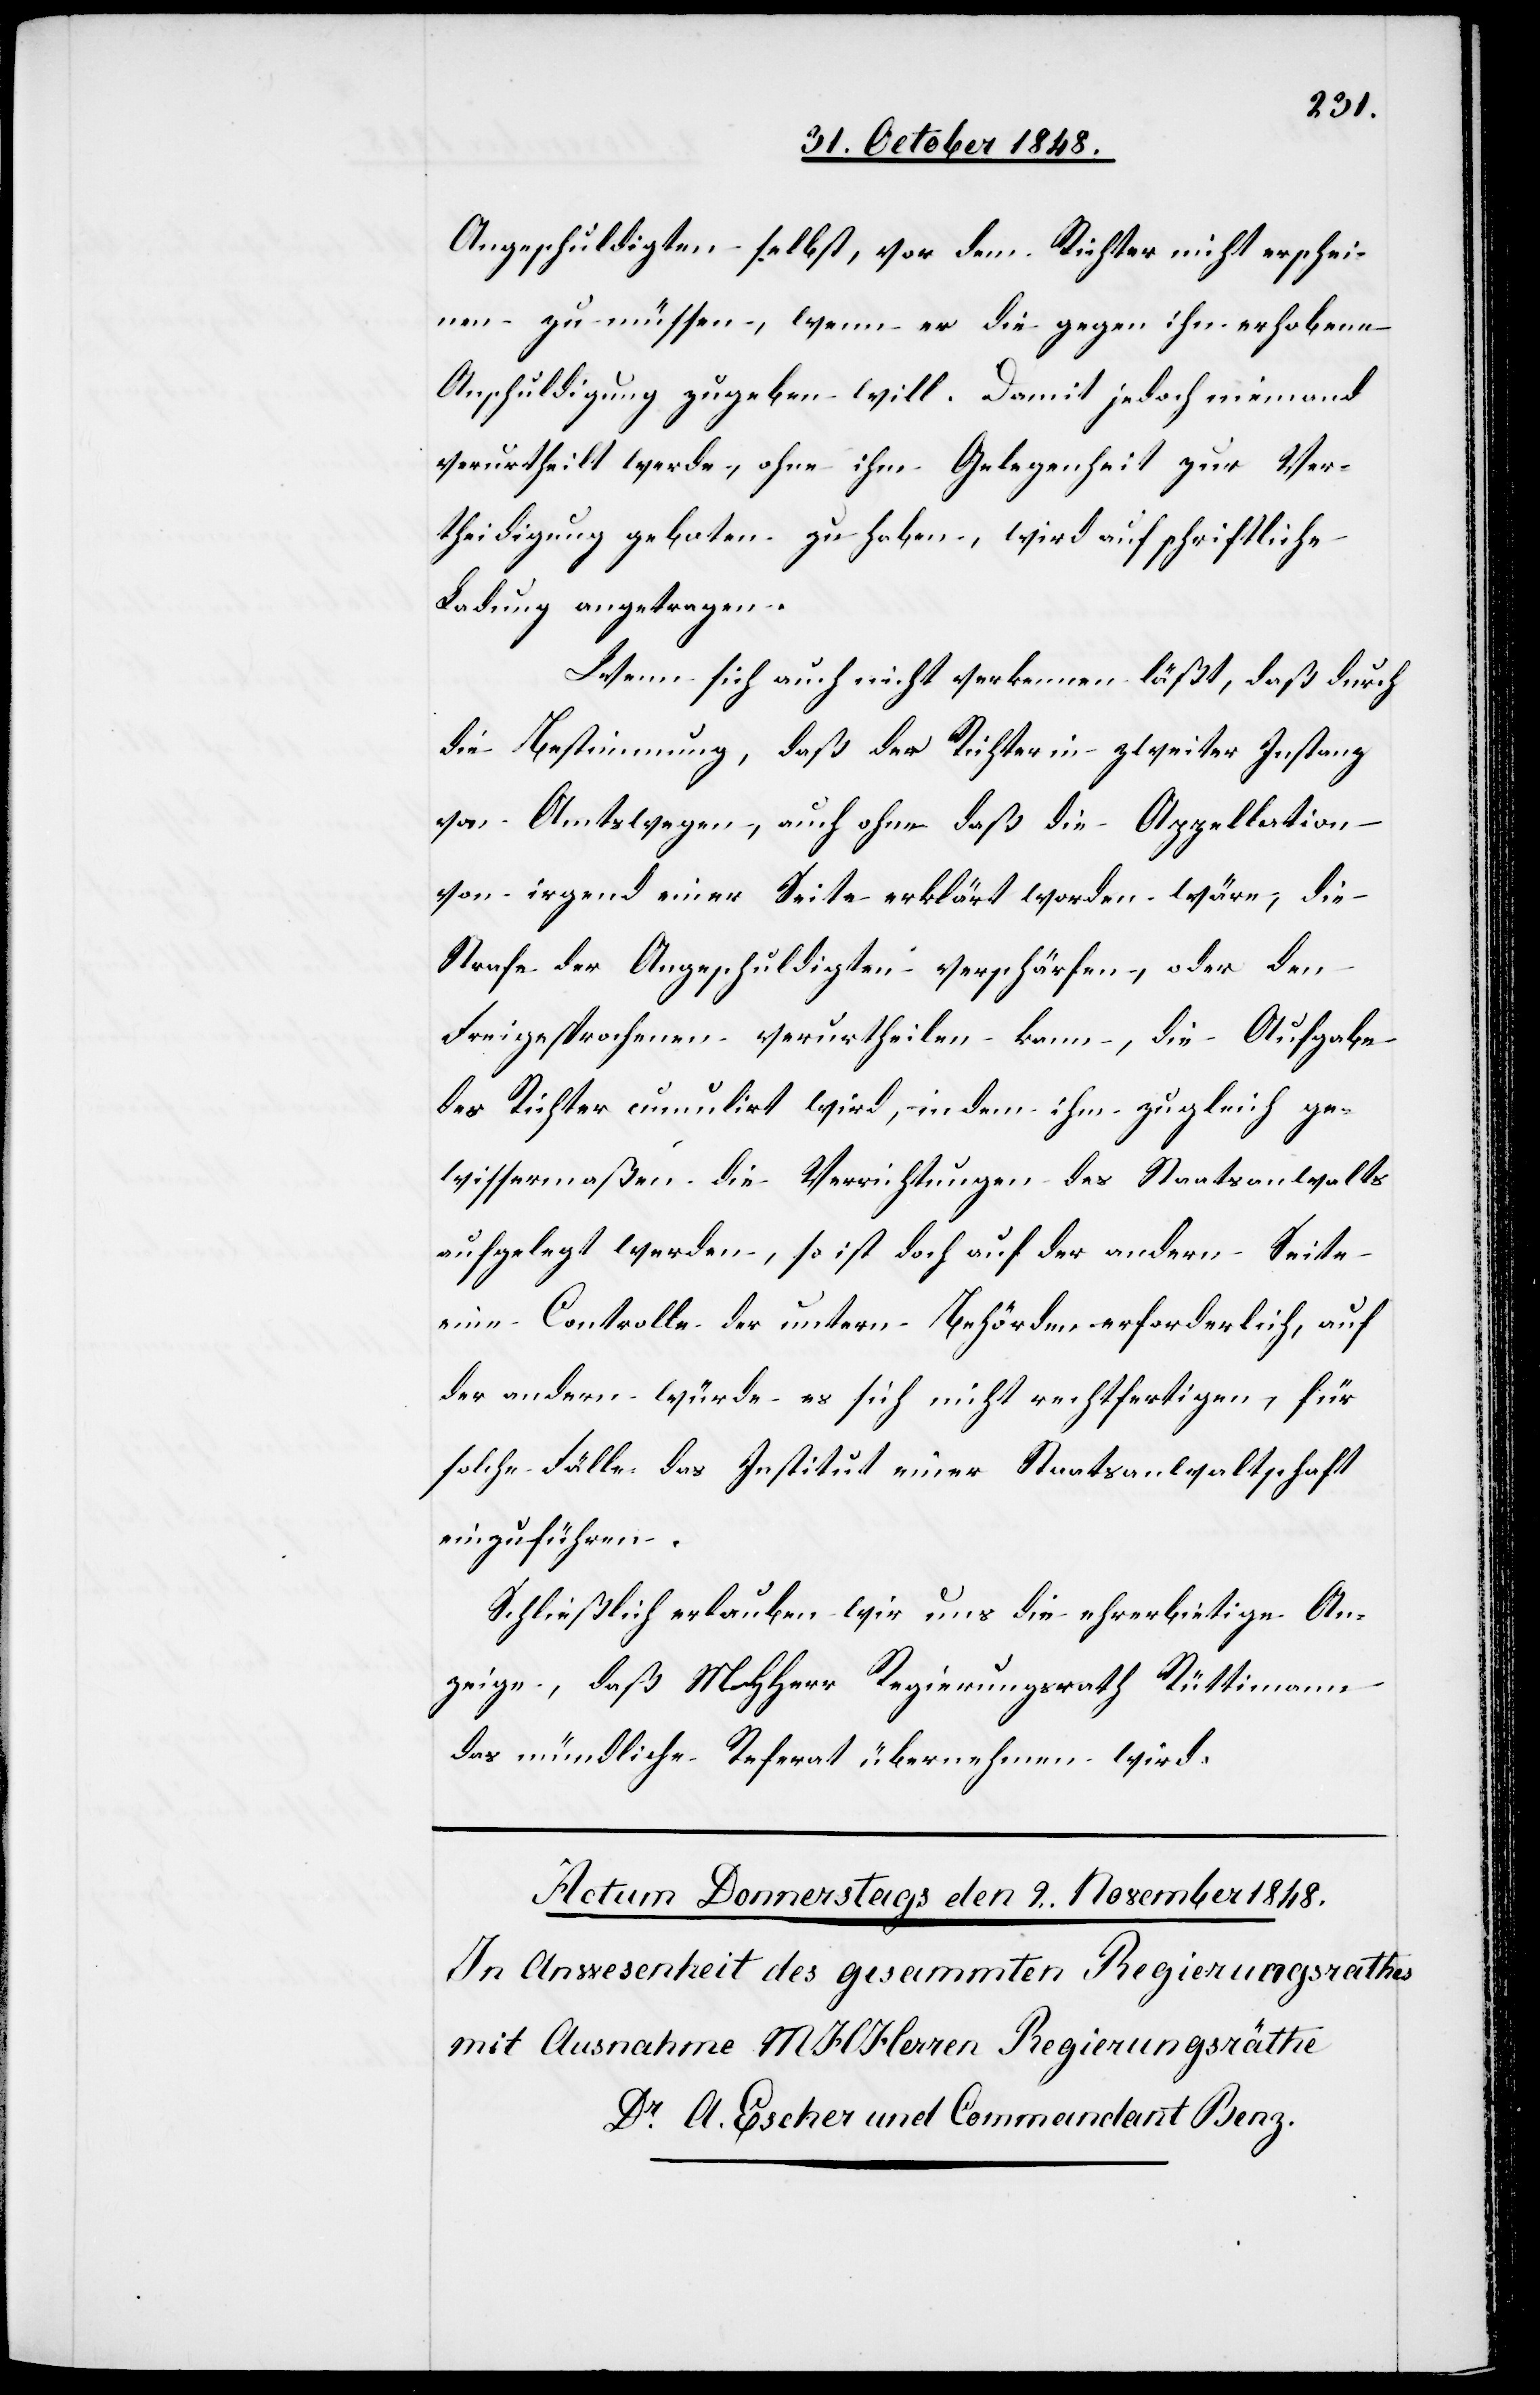
Angeschuldigten selbst, vor dem Richter nicht erschei¬
nen zu müssen, wenn er die gegen ihn erhobene
Anschuldigung zugeben will. Damit jedoch niemand
verurtheilt werde, ohne ihm Gelegenheit zur Ver¬
theidigung geboten zu haben, wird auf schriftliche
Ladung angetragen.
Wenn sich auch nicht verkennen läßt, daß durch
die Bestimmung, daß der Richter in zweiter Instanz
vor Amtswegen, auch ohne daß die Appellation
von irgend einer Seite erklärt worden wäre, die
Strafe der Angeschuldigten verschärfen, oder den
Freigesprochenen verurtheilen kann, die Aufgabe
der Richter cumulirt wird, indem ihm zugleich ge¬
wissermaßen die Verrichtungen des Staatsanwalts
aufgelegt werden, so ist doch auf der andern Seite
eine Controlle der untern Behörden erforderlich, auf
der andern würde es sich nicht rechtfertigen, für
solche Fälle das Institut einer Staatsanwaltschaft
einzuführen.
Schließlich erlauben wir uns die ehrerbietige An¬
zeige, daß MHHerr Regierungsrath Rüttimann
das mündliche Referat übernehmen wird.